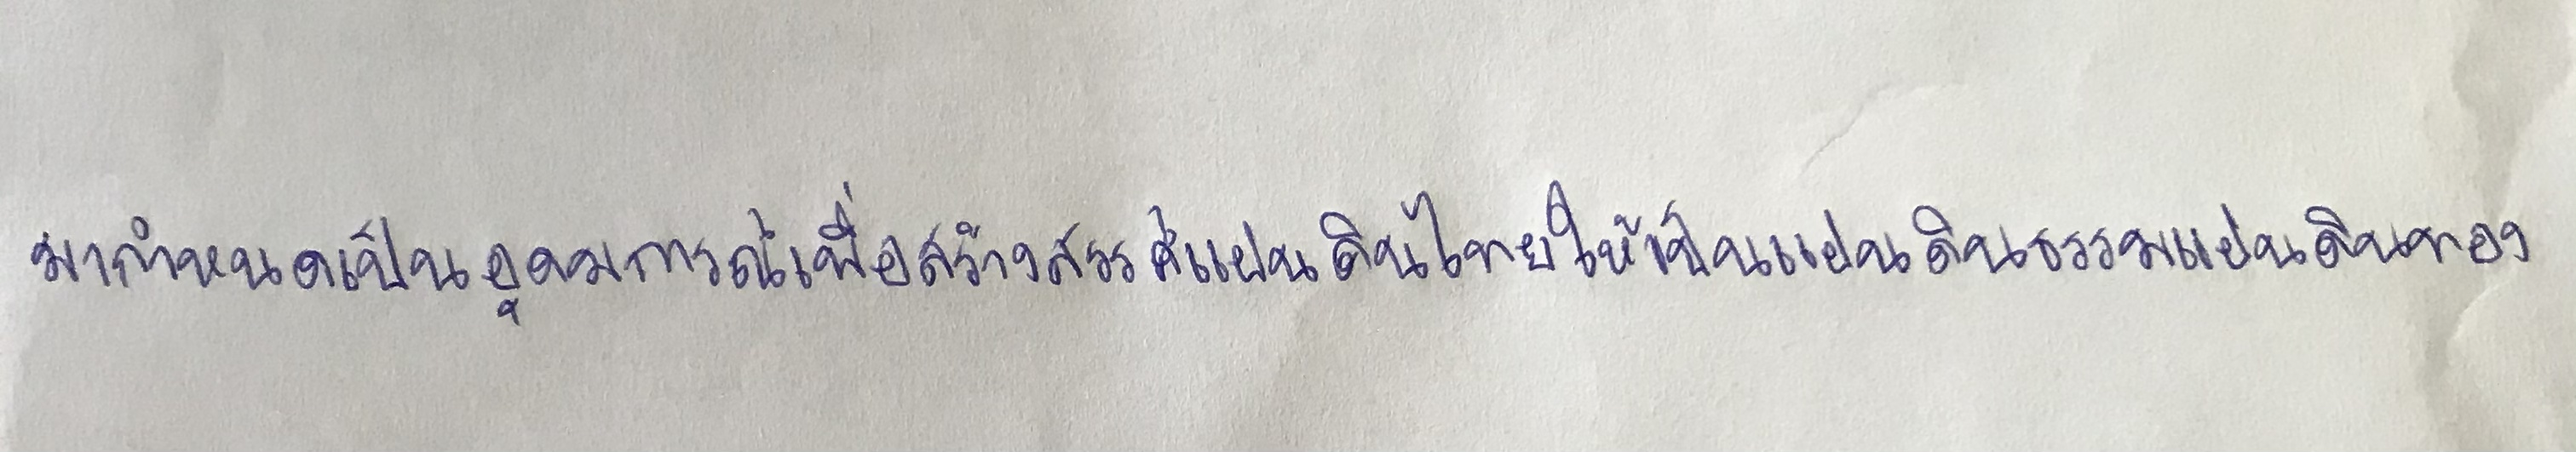
มากำหนดเป็นอุดมการณ์เพื่อสร้างสรรค์แผ่นดินไทยให้เป็นแผ่นดินธรรมแผ่นดินทอง